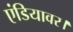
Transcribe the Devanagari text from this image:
एंडियावर।